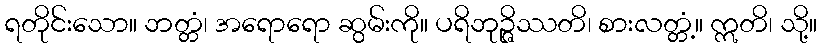
ရတိုင်းသော။ ဘတ္တံ၊ အရောရော ဆွမ်းကို။ ပရိဘုဉ္ဇိဿတိ၊ စားလတ္တံ့။ ဣတိ၊ သို့။